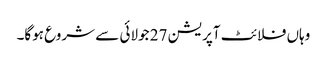
وہاں فلائٹ آپریشن 27 جولائی سے شروع ہوگا۔